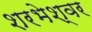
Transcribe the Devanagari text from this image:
शरभेश्वर